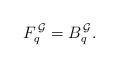
LaTeX: \begin{align*}F_q^{\, \cal G} = B_q^{\, \cal G}.\end{align*}